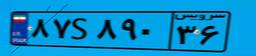
۲۹S۱۳۴۴۱